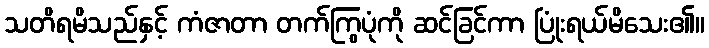
သတိရမိသည်နှင့် ကံဇာတာ တက်ကြွပုံကို ဆင်ခြင်ကာ ပြုံးရယ်မိသေး၏။